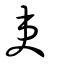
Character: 吏